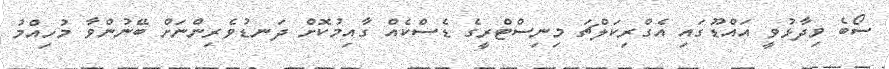
ސޯބެ ވިދާޅުވީ އައްޑޫގައި އެގްރިކަލްޗަ މިނިސްޓްރީގެ ޑެސްކެއް ގާއިމުކޮށް ދަނޑުވެރިންނަށް ބޭނުންވާ މުހިއްމު